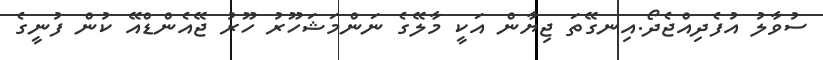
ސުވާލު އުފެދިއްޖެދޯ.އިނގޭތަ ޖިޔާން އަކީ މާލޭގެ ނަންމަޝަހޫރު ހޫރު ޖޭއެންޑްއޭ ކުން ފުނީގެ